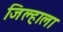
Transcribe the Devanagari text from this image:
जिल्हाला